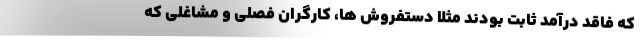
که فاقد درآمد ثابت بودند مثلا دستفروش ها، کارگران فصلی و مشاغلی که